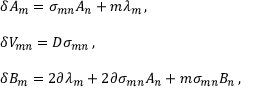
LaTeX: \begin{array} { r c l } { { } } & { { } } & { { \delta A _ { m } = \sigma _ { m n } A _ { n } + m \lambda _ { m } \, , } } \\ { { } } & { { } } & { { } } \\ { { } } & { { } } & { { \delta V _ { m n } = { \cal D } \sigma _ { m n } \, , } } \\ { { } } & { { } } & { { } } \\ { { } } & { { } } & { { \delta B _ { m } = 2 \partial \lambda _ { m } + 2 \partial \sigma _ { m n } A _ { n } + m \sigma _ { m n } B _ { n } \, , } } \end{array}